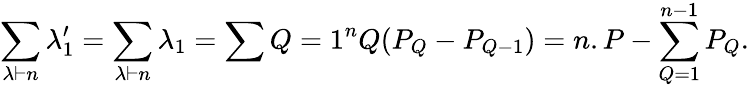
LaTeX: \sum_{\lambda\vdash n}\lambda_{1}^{\prime}=\sum_{\lambda\vdash n}\lambda_{1}=\sum{Q=1}^{n}Q(P_{Q}-P_{Q-1})=n.P-\sum_{Q=1}^{n-1}P_{Q}{}.